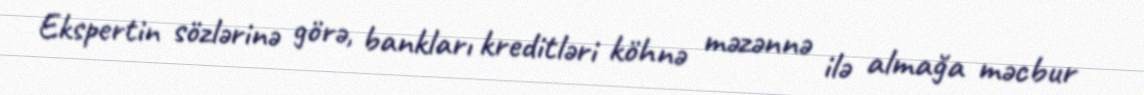
Ekspertin sözlərinə görə, bankları kreditləri köhnə məzənnə ilə almağa məcbur